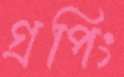
গ্রপিং